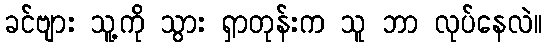
ခင်ဗျား သူ့ကို သွား ရှာတုန်းက သူ ဘာ လုပ်နေလဲ။